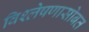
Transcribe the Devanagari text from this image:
विश्लेषणासोबत